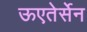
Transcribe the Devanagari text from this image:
ऊएतेर्सेन